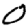
Digit: 0